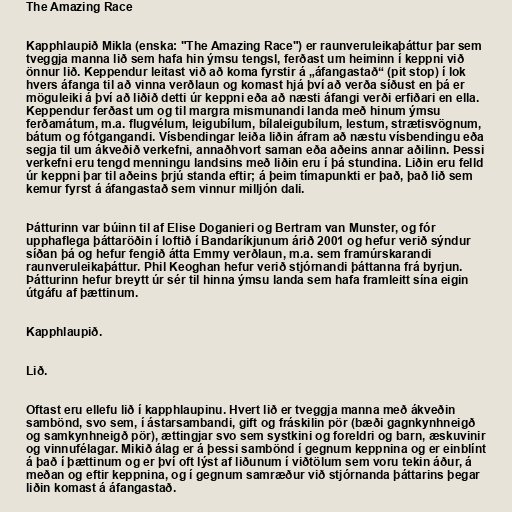
The Amazing Race

Kapphlaupið Mikla (enska: "The Amazing Race") er raunveruleikaþáttur þar sem
tveggja manna lið sem hafa hin ýmsu tengsl, ferðast um heiminn í keppni við
önnur lið. Keppendur leitast við að koma fyrstir á „áfangastað“ (pit stop) í lok
hvers áfanga til að vinna verðlaun og komast hjá því að verða síðust en þá er
möguleiki á því að liðið detti úr keppni eða að næsti áfangi verði erfiðari en ella.
Keppendur ferðast um og til margra mismunandi landa með hinum ýmsu
ferðamátum, m.a. flugvélum, leigubílum, bílaleigubílum, lestum, strætisvögnum,
bátum og fótgangandi. Vísbendingar leiða liðin áfram að næstu vísbendingu eða
segja til um ákveðið verkefni, annaðhvort saman eða aðeins annar aðilinn. Þessi
verkefni eru tengd menningu landsins með liðin eru í þá stundina. Liðin eru felld
úr keppni þar til aðeins þrjú standa eftir; á þeim tímapunkti er það, það lið sem
kemur fyrst á áfangastað sem vinnur milljón dali.

Þátturinn var búinn til af Elise Doganieri og Bertram van Munster, og fór
upphaflega þáttaröðin í loftið í Bandaríkjunum árið 2001 og hefur verið sýndur
síðan þá og hefur fengið átta Emmy verðlaun, m.a. sem framúrskarandi
raunveruleikaþáttur. Phil Keoghan hefur verið stjórnandi þáttanna frá byrjun.
Þátturinn hefur breytt úr sér til hinna ýmsu landa sem hafa framleitt sína eigin
útgáfu af þættinum.

Kapphlaupið.

Lið.

Oftast eru ellefu lið í kapphlaupinu. Hvert lið er tveggja manna með ákveðin
sambönd, svo sem, í ástarsambandi, gift og fráskilin pör (bæði gagnkynhneigð
og samkynhneigð pör), ættingjar svo sem systkini og foreldri og barn, æskuvinir
og vinnufélagar. Mikið álag er á þessi sambönd í gegnum keppnina og er einblínt
á það í þættinum og er því oft lýst af liðunum í viðtölum sem voru tekin áður, á
meðan og eftir keppnina, og í gegnum samræður við stjórnanda þáttarins þegar
liðin komast á áfangastað.